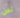
نحن